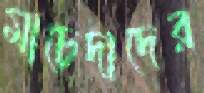
মাচেদাদের